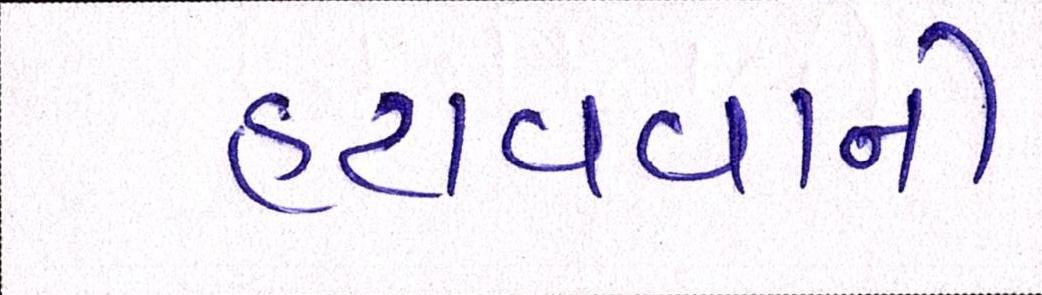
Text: હટાવવાની